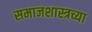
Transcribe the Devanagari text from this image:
समाजशास्त्रच्या